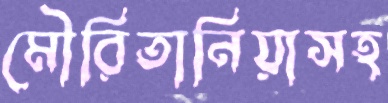
মৌরিতানিয়াসহ